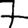
Digit: 7